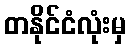
တနိုင်ငံလုံးမှ